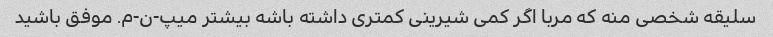
سلیقه شخصی منه که مربا اگر کمی شیرینی کمتری داشته باشه بیشتر میپ-ن-م. موفق باشید